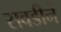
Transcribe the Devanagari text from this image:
सवडीने